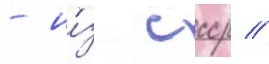
- и́з ссср //